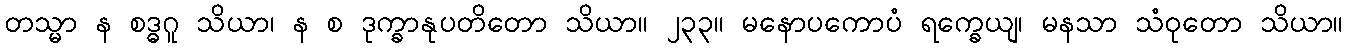
တသ္မာ န စဒ္ဓဂူ သိယာ၊ န စ ဒုက္ခာနုပတိတော သိယာ။ ၂၃၃။ မနောပကောပံ ရက္ခေယျ၊ မနသာ သံဝုတော သိယာ။